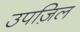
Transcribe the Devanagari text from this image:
उपज़िल